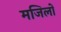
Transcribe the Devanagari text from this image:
मजिलों